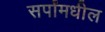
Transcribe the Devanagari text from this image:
सर्पांमधील